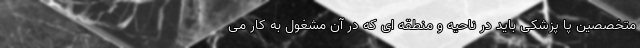
متخصصین پا پزشکی باید در ناحیه و منطقه ای که در آن مشغول به کار می